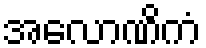
အလောဏိကံ